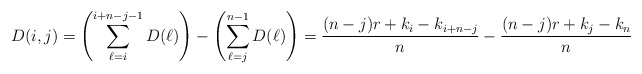
\begin{align*}D(i,j)=\left(\sum_{\ell=i}^{i+n-j-1} D(\ell)\right)-\left(\sum_{\ell=j}^{n-1} D(\ell)\right)=\frac{(n-j)r +k_i - k_{i+n-j}}{n} - \frac{(n-j)r + k_j - k_{n}}{n}\end{align*}